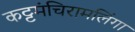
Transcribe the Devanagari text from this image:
कट्टमंचिरामलिंगा